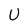
Character: U